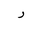
Letter: _ra